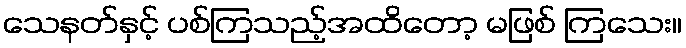
သေနတ်နှင့် ပစ်ကြသည့်အထိတော့ မဖြစ် ကြသေး။